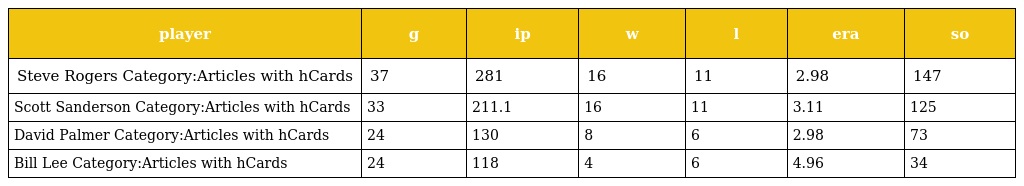
| player | g | ip | w | l | era | so |
 | --- | --- | --- | --- | --- | --- | --- |
 | Steve Rogers Category:Articles with hCards | 37 | 281 | 16 | 11 | 2.98 | 147 |
 | Scott Sanderson Category:Articles with hCards | 33 | 211.1 | 16 | 11 | 3.11 | 125 |
 | David Palmer Category:Articles with hCards | 24 | 130 | 8 | 6 | 2.98 | 73 |
 | Bill Lee Category:Articles with hCards | 24 | 118 | 4 | 6 | 4.96 | 34 |